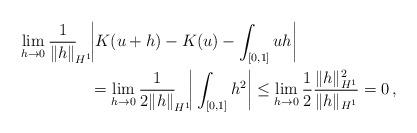
LaTeX: \begin{align*}\lim_{h\rightarrow0}\frac{1}{\|h\|}_{\!H^1} \! & \bigg|K(u+h)-K(u)-\int_{[0,1]}u h \bigg| \\&= \lim_{h\rightarrow0}\frac{1}{2\|h\|}_{\!H^1}\!\bigg|\int_{[0,1]}h^2\bigg|\leq \lim_{h\rightarrow0}\frac{1}{2}\frac{\|h\|_{H^1}^2}{\|h\|_{H^1}}=0\,,\end{align*}